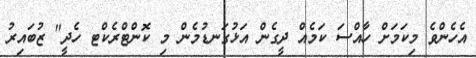
އެހެންވެ މިކަމަށް ހާއްސަ ކަމެއް ދީގެން އަޅުގަނޑުމެން މި ކޮންޓްރެކްޓ ހެދީ" ޒުބައިރު